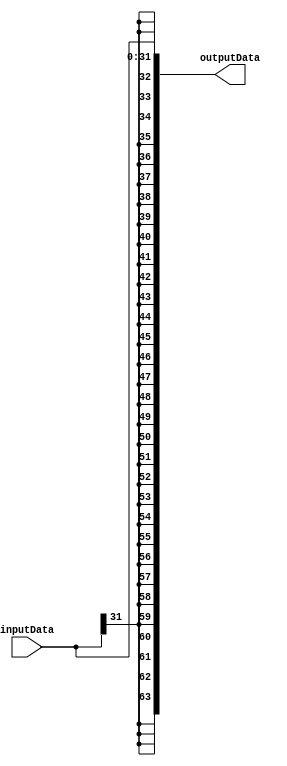
module immgen_32to64(inputData, outputData);

  input[31:0] inputData;
  output[63:0] outputData;
  reg [63:0] outputData;

  always@(inputData)
    begin
      outputData[31:0]  = inputData[31:0];
      outputData[63:32] = {32{inputData[31]}};
    end

endmodule